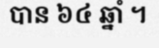
បាន ៦៤ ឆ្នាំ ។